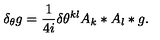
\delta _ { \theta } g = \frac 1 { 4 i } \delta \theta ^ { k l } A _ { k } * A _ { l } * g .